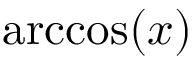
\operatorname { a r c c o s } ( x )